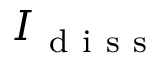
I _ { \mathrm { ~ d ~ i ~ s ~ s ~ } }